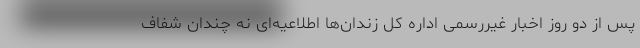
پس از دو روز اخبار غیررسمی اداره کل زندان‌ها اطلاعیه‌ای نه چندان شفاف